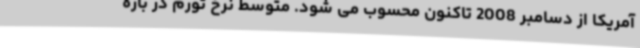
آمریکا از دسامبر 2008 تاکنون محسوب می شود. متوسط نرخ تورم در بازه